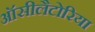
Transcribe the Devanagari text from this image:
ऑसीलैटोरिया